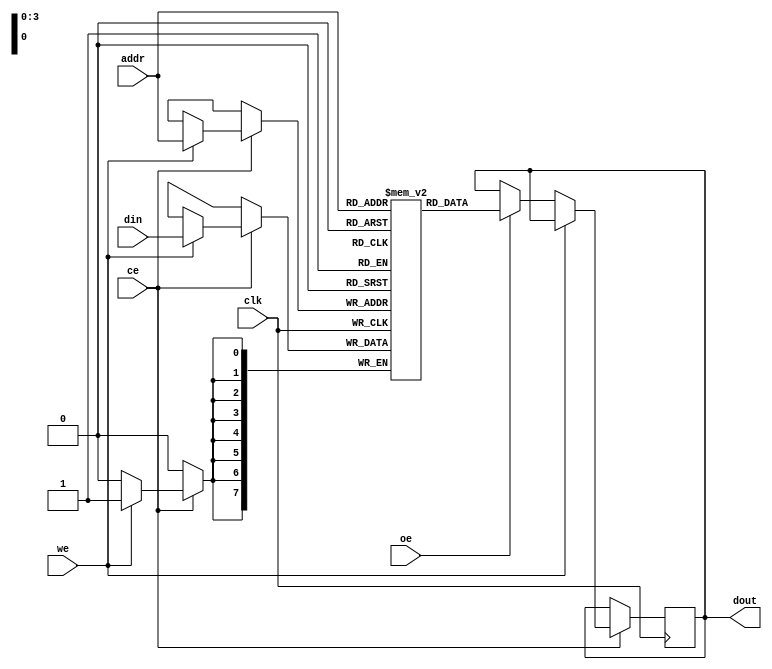
module sync_sram #(
    parameter DATA_WIDTH = 8, // Configurable data width (e.g., 8, 16, 32)
    parameter ADDR_WIDTH = 4  // Address width (determined by SRAM size)
)(
    input  wire                 clk,             // Clock signal
    input  wire                 ce,              // Chip Enable
    input  wire                 we,              // Write Enable
    input  wire                 oe,              // Output Enable
    input  wire [ADDR_WIDTH-1:0] addr,          // Address input
    input  wire [DATA_WIDTH-1:0] din,           // Data input for write
    output reg  [DATA_WIDTH-1:0] dout           // Data output for read
);

    // Memory array declaration (2D array)
    reg [DATA_WIDTH-1:0] mem_array [2**ADDR_WIDTH-1:0]; // define memory depth

    // Control Logic
    always @(posedge clk) begin
        if (ce) begin // chip enable check
            if (we) begin
                // Write operation
                mem_array[addr] <= din; // Write data to specified address
            end else if (oe) begin
                // Read operation
                dout <= mem_array[addr]; // Read data from specified address
            end
        end
    end

endmodule